Indian journal of veterinary science and animal husbandry - Volumes 18-21, 1948-1951
Year: 1948
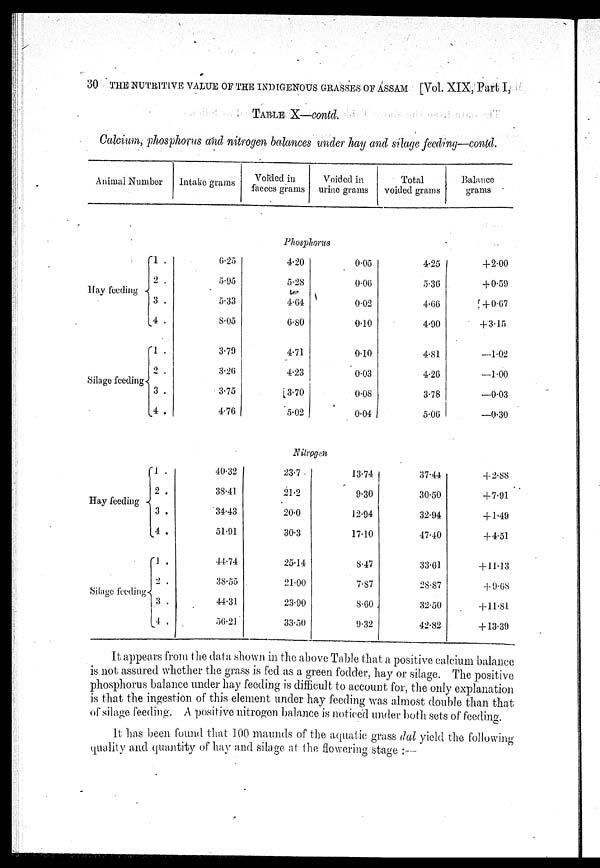
30 THE NUTRITIVE VALUE OF THE INDIGENOUS GRASSES OF ASSAM [Vol. XIX, Part I,
TABLE X—contd.
Calcium, phosphorus and nitrogen balances under hay and silage feeding—contd.
Animal Number
Intake grams
Voided in
faeces grams
Voided in
urine grams
Total
voided grams
Balance
grams
Phosphorus
Hay feeding
Silage feeding
1 .
2 .
3 .
4 .
1 .
2
3 .
4 .
6.25
5.95
5.33
8.05
3.79
3.26
3.75
4.76
4.20
5.28
4.64
6.80
4.71
4.23
3.70
5.02
0.05
0.06
0.02
0.10
0.10
0.03
0.08
0.04
4.25
5.36
4.66
4.90
4.81
4.26
3.78
5.06
+2.00
+ 0.59
+ 0.67
+ 3.15
—1.02
—1.00
—0.03
—0.30
Nitrogen
Hay feeding
Silage feeding
1 .
2 .
3 .
4 .
1 .
2 .
3 .
4 .
40.32
38.41
34.43
51.91
44.74
38.55
44.31
56.21
23.7
21.2
20.0
30.3
25.14
21.00
23.90
33.50
13.74
9.30
12.94
17.10
8.47
7.87
8.60
9.32
37.44
30.50
32.94
47.40
33.61
28.87
32.50
42.82
+2.88
+7.91
+1.49
+4.51
+11.13
+9.68
+ 11.81
+ 13.39
It appears from the data shown in the above Table that a positive calcium balance
is not assured whether the grass is fed as a green fodder, hay or silage. The positive
phosphorus balance under hay feeding is difficult to account for, the only explanation
is that the ingestion of this element under hay feeding was almost double than that
of silage feeding. A positive nitrogen balance is noticed under both sets of feeding.
It has been found that 100 maunds of the aquatic grass dal yield the following
quality and quantity of hay and silage at the flowering stage:—